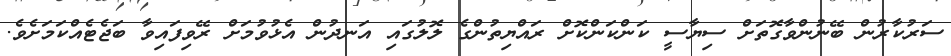
ސަރުކާރުން ބޭނުންވާގޮތަށް ސިޔާސީ ކަންކަންކޮށް ރައްޔިތުންގެ ލޮލުގައި އަނދުން އެޅުވުމަށް ރޭވިފައިވާ ބަޖެޓެއްކަމަށެވެ.